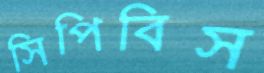
সিপিবিস